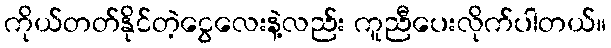
ကိုယ်တတ်နိုင်တဲ့ငွေလေးနဲ့လည်း ကူညီပေးလိုက်ပါတယ်။